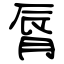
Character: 脣